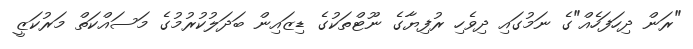
"ރަން ދިހަފަހެއް"ގެ ނަމުގައި ދިވެހި ރުފިޔާގެ ނޫޓްތަކުގެ ޑިޒައިން ބަދަލުކުރުމުގެ މަސައްކަތް މަރުކަޒީ